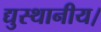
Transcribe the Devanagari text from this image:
द्युस्थानीय।